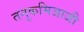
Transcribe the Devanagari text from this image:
तनुकमिजाजी